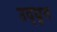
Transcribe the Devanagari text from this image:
उद्‍धृत